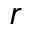
r